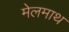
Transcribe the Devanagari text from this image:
मेलमाथ